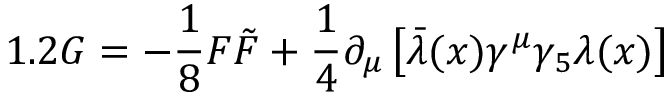
1 . 2 G = - \frac { 1 } { 8 } F \tilde { F } + \frac { 1 } { 4 } \partial _ { \mu } \left[ \bar { \lambda } ( x ) \gamma ^ { \mu } \gamma _ { 5 } \lambda ( x ) \right]